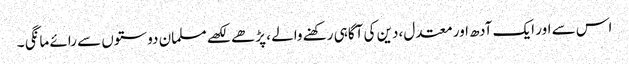
اس سے اور ایک آدھ اور معتدل ،دین کی آگاہی رکھنے والے ، پڑھے لکھے مسلمان دوستوں سے رائے مانگی ۔